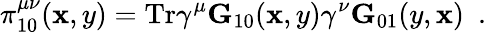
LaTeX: \pi_{10}^{\mu\nu}(\mathbf{x},y)=\mathrm{{Tr}}\gamma^{\mu}{\mathbf{G}}_{10}(\mathbf{x},y)\gamma^{\nu}{\mathbf{G}}_{01}(y,\mathbf{x})~~.